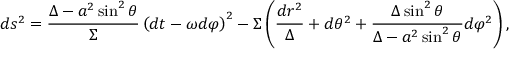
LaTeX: d s ^ { 2 } = \frac { \Delta - a ^ { 2 } \sin ^ { 2 } \theta } { \Sigma } \left( d t - \omega d \varphi \right) ^ { 2 } - \Sigma \left( \frac { d r ^ { 2 } } { \Delta } + d \theta ^ { 2 } + \frac { \Delta \sin ^ { 2 } \theta } { \Delta - a ^ { 2 } \sin ^ { 2 } \theta } d \varphi ^ { 2 } \right) ,